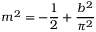
m ^ { 2 } = - \frac { 1 } { 2 } + \frac { b ^ { 2 } } { \pi ^ { 2 } }